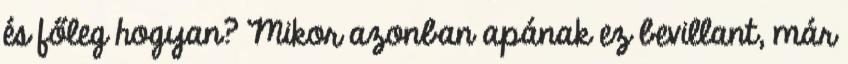
és főleg hogyan? Mikor azonban apának ez bevillant, már